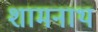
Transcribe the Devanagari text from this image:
शामनाथ